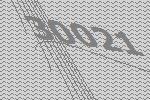
30021